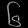
Digit: ၆